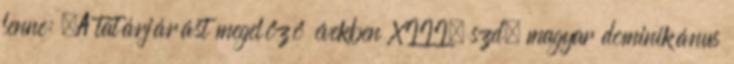
lenne: „A tatárjárást megelőző években XIII. szd. magyar dominikánus